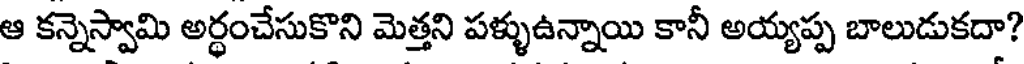
ఆ కన్నెస్వామి అర్ధంచేసుకొని మెత్తని పళ్ళుఉన్నాయి కానీ అయ్యప్ప బాలుడుకదా?